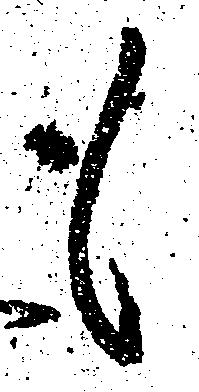
も